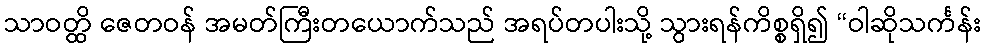
သာဝတ္ထိ ဇေတဝန် အမတ်ကြီးတယောက်သည် အရပ်တပါးသို့ သွားရန်ကိစ္စရှိ၍ “ဝါဆိုသင်္ကန်း